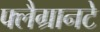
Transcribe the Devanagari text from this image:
फ्लैग्रानटे